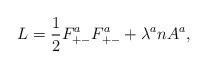
LaTeX: \begin{align*}L = {1 \over 2} F^a_{+-} F^a_{+-} + \lambda^a nA^a,\end{align*}